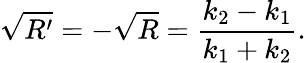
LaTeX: {\sqrt{R^{\prime}}}=-{\sqrt{R}}={\frac{k_{2}-k_{1}}{k_{1}+k_{2}}}.